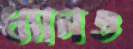
ধ্যানও